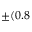
\pm ( 0 . 8 \